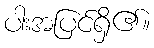
ပါးအပြင်ရှိ၏။